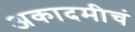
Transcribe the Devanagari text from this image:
अकादमीचं